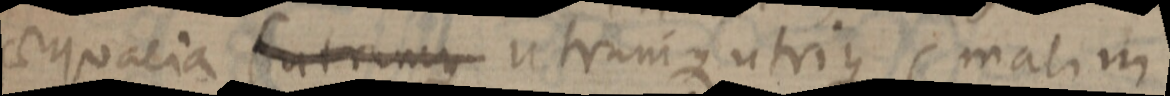
aequalia (utrumque utrumque utrius, malim